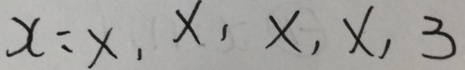
x : x , x , x , x , 3